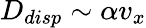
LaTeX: D_{disp}\sim\alpha v_{x}